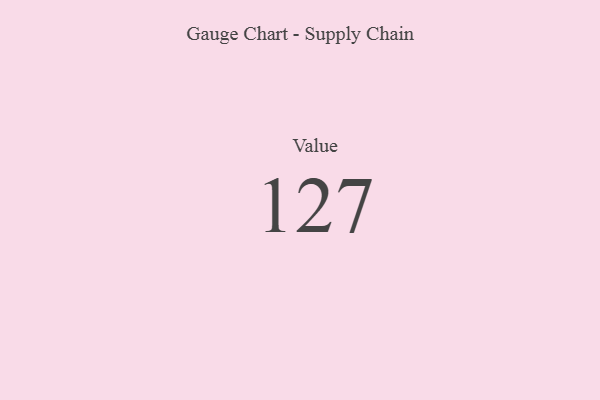
{"axis": {"x": "Metric", "y": "Value"}, "legend": [""], "data": [{"x": "Value", "y": 127, "type": ""}]}